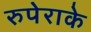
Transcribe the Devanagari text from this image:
रुपेराके